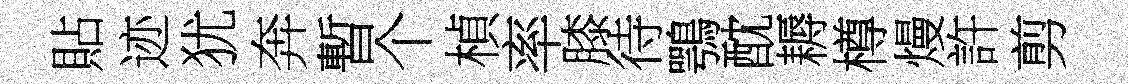
貼迹犹奔暫个楨率膝待鶚酖耨樽熳許剪